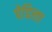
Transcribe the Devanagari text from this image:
पेडिला